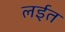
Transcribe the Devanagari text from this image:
लईत